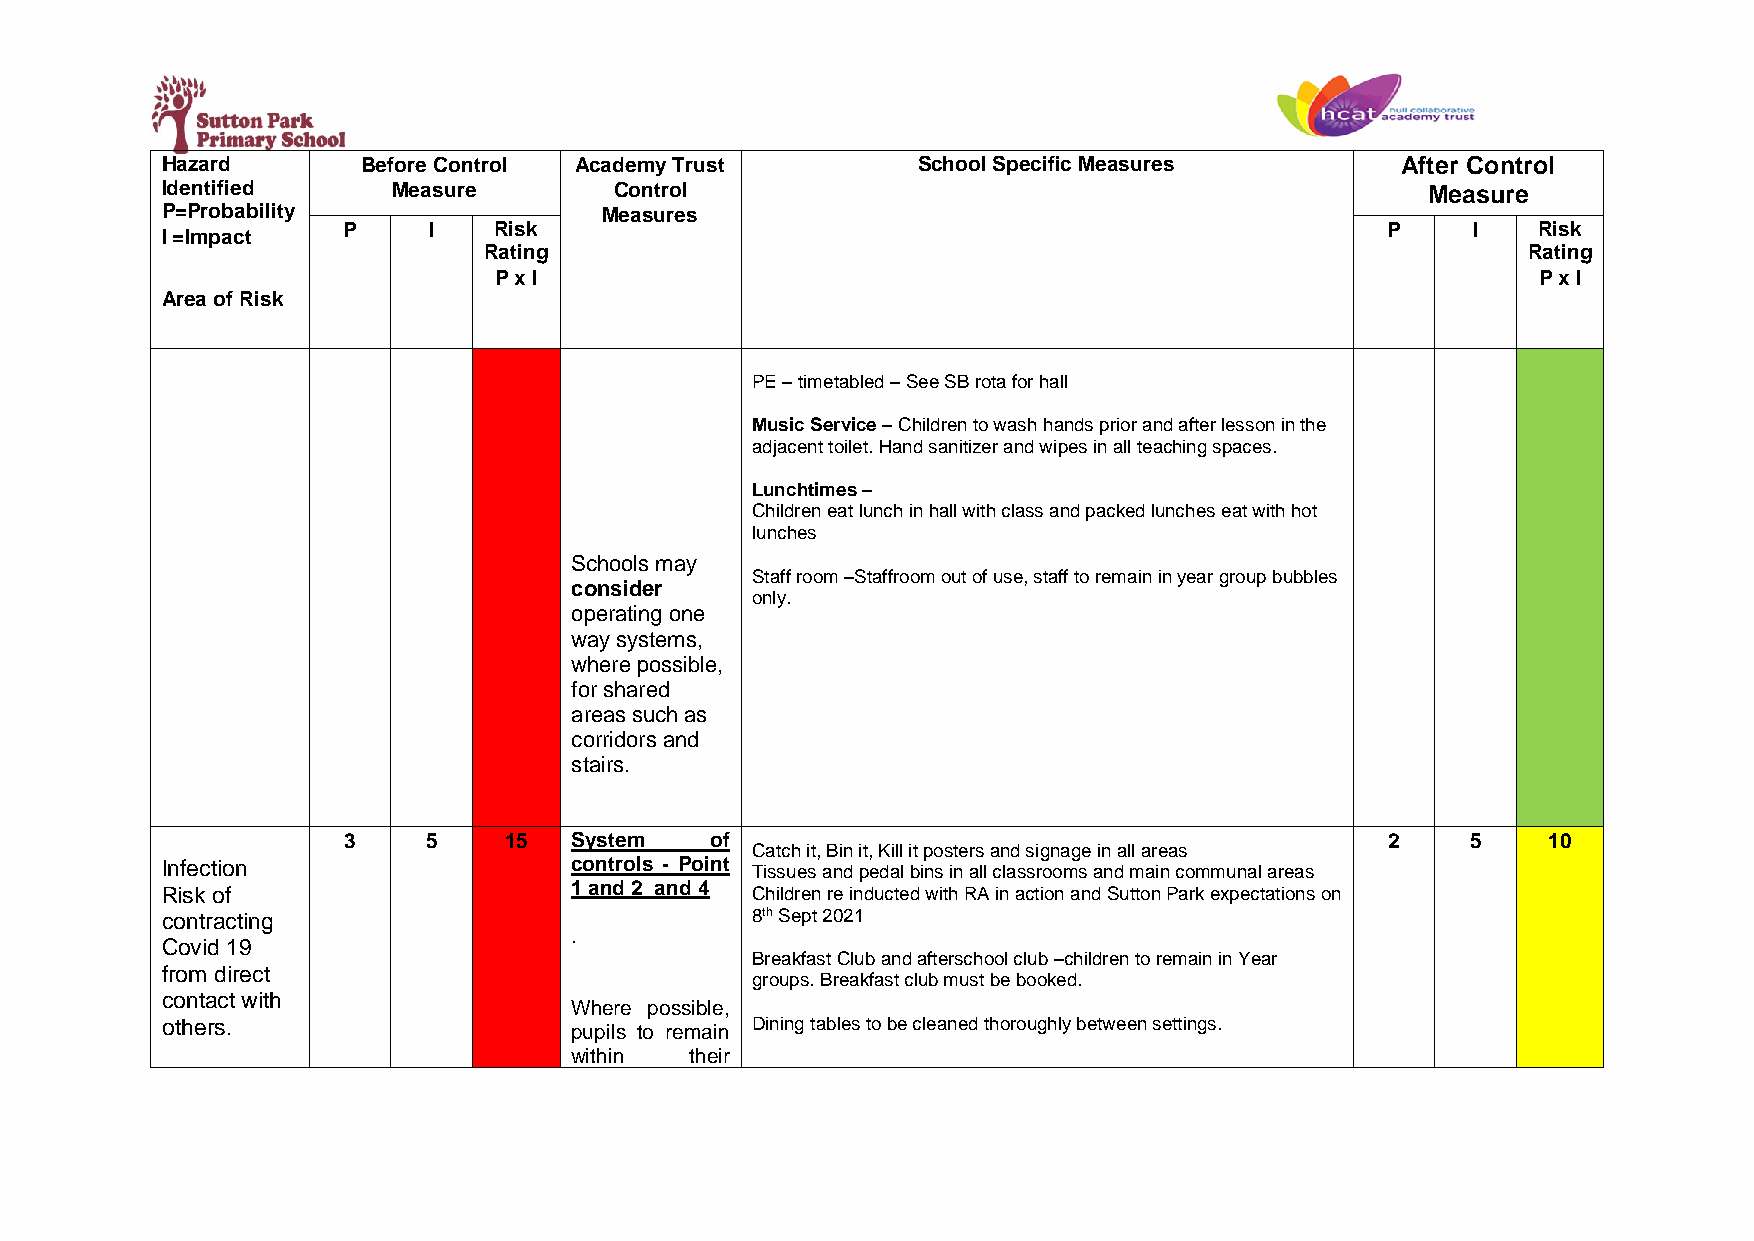
Hazard       Before Control Academy Trust         School Specific Measures        After Control
 Identified     Measure        Control                                               Measure
 P=Probability                Measures
 P    I    Risk                                                       P    I    Risk
 I =Impact
 Rating                                                               Rating
 P x I                                                                P x I
 Area of Risk
 PE – timetabled – See SB rota for hall
 Music Service – Children to wash hands prior and after lesson in the
 adjacent toilet. Hand sanitizer and wipes in all teaching spaces.
 Lunchtimes –
 Children eat lunch in hall with class and packed lunches eat with hot
 lunches
 Schools may
 Staff room –Staffroom out of use, staff to remain in year group bubbles
 consider
 only.
 operating one
 way systems,
 where possible,
 for shared
 areas such as
 corridors and
 stairs.
 3    5    15   System   of                                           2    5     10
 Catch it, Bin it, Kill it posters and signage in all areas
 Infection                  controls - Point Tissues and pedal bins in all classrooms and main communal areas
 1 and 2 and 4
 Risk of                                Children re inducted with RA in action and Sutton Park expectations on
 contracting                            8th Sept 2021
 .
 Covid 19
 Breakfast Club and afterschool club –children to remain in Year
 from direct
 groups. Breakfast club must be booked.
 contact with
 Where possible,
 others.                    pupils to remain Dining tables to be cleaned thoroughly between settings.
 within  their